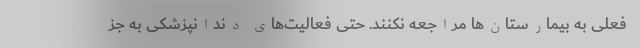
فعلی به بیمارستان‌ها مراجعه نکنند. حتی فعالیت‌های دندانپزشکی به جز